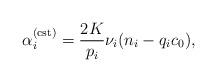
LaTeX: \begin{align*}\alpha_{i}^{({\rm cst})}=\frac{2K}{p_{i}}\nu_{i}(n_{i}-q_{i}c_{0}),\end{align*}